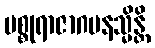
မစ္စုရာဇာဂမနသ္မိန္တိ